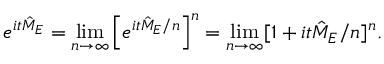
e ^ { i t { \hat { M } } _ { E } } = \operatorname* { l i m } _ { n \to \infty } \left[ e ^ { i t { \hat { M } } _ { E } / n } \right] ^ { n } = \operatorname* { l i m } _ { n \to \infty } [ 1 + i t { \hat { M } } _ { E } / n ] ^ { n } .